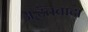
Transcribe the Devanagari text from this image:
अद्वैतवाद।